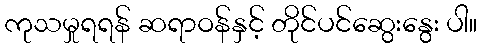
ကုသမှုရရန် ဆရာဝန်နှင့် တိုင်ပင်ဆွေးနွေး ပါ။